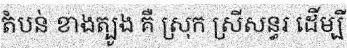
តំបន់ ខាងត្បូង គឺ ស្រុក ស្រីសន្ធរ ដើម្បី